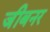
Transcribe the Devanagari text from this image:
जीबनर